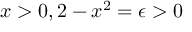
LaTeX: x > 0 , 2 - x ^ { 2 } = \epsilon > 0